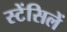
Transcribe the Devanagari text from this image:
स्टेंसिलें